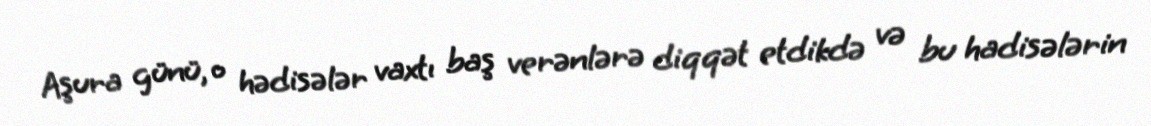
Aşura günü, o hədisələr vaxtı baş verənlərə diqqət etdikdə və bu hadisələrin